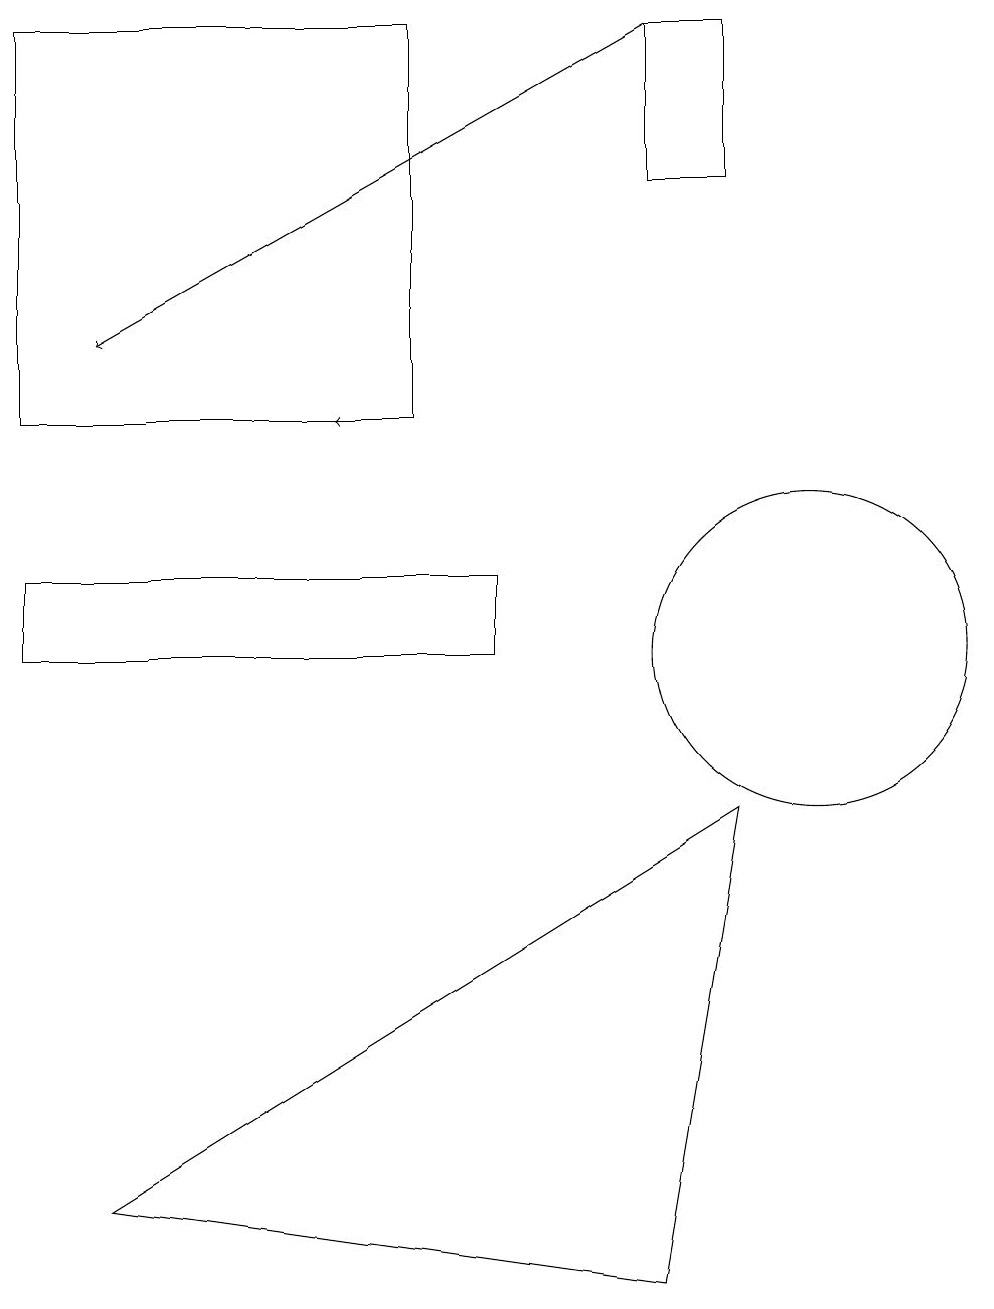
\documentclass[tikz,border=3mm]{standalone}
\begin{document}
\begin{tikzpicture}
\draw (5,14) rectangle (0,19);
\draw[->] (5,14) -- (4,14);
\draw (6,12) rectangle (0,11);
\draw (9,9) -- (8,3) -- (1,4) -- cycle;
\draw (10,11) circle (2);
\draw[->] (8,19) -- (1,15);
\draw (9,17) rectangle (8,19);
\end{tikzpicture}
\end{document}